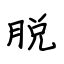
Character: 脱